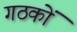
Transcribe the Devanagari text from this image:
गठकों